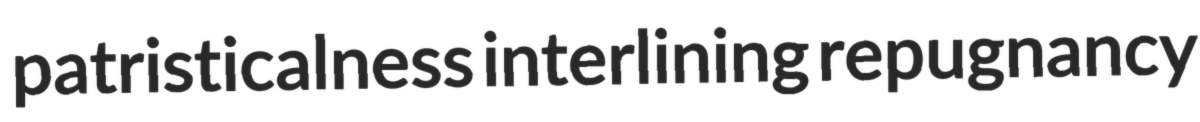
patristicalness interlining repugnancy